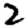
Digit: 2